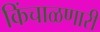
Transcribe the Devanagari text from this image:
किंचाळणारी